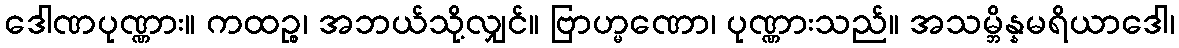
ဒေါဏပုဏ္ဏား။ ကထဉ္စ၊ အဘယ်သို့လျှင်။ ဗြာဟ္မဏော၊ ပုဏ္ဏားသည်။ အသမ္ဘိန္နမရိယာဒေါ၊